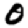
Digit: 0